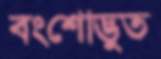
বংশোদ্ভুত